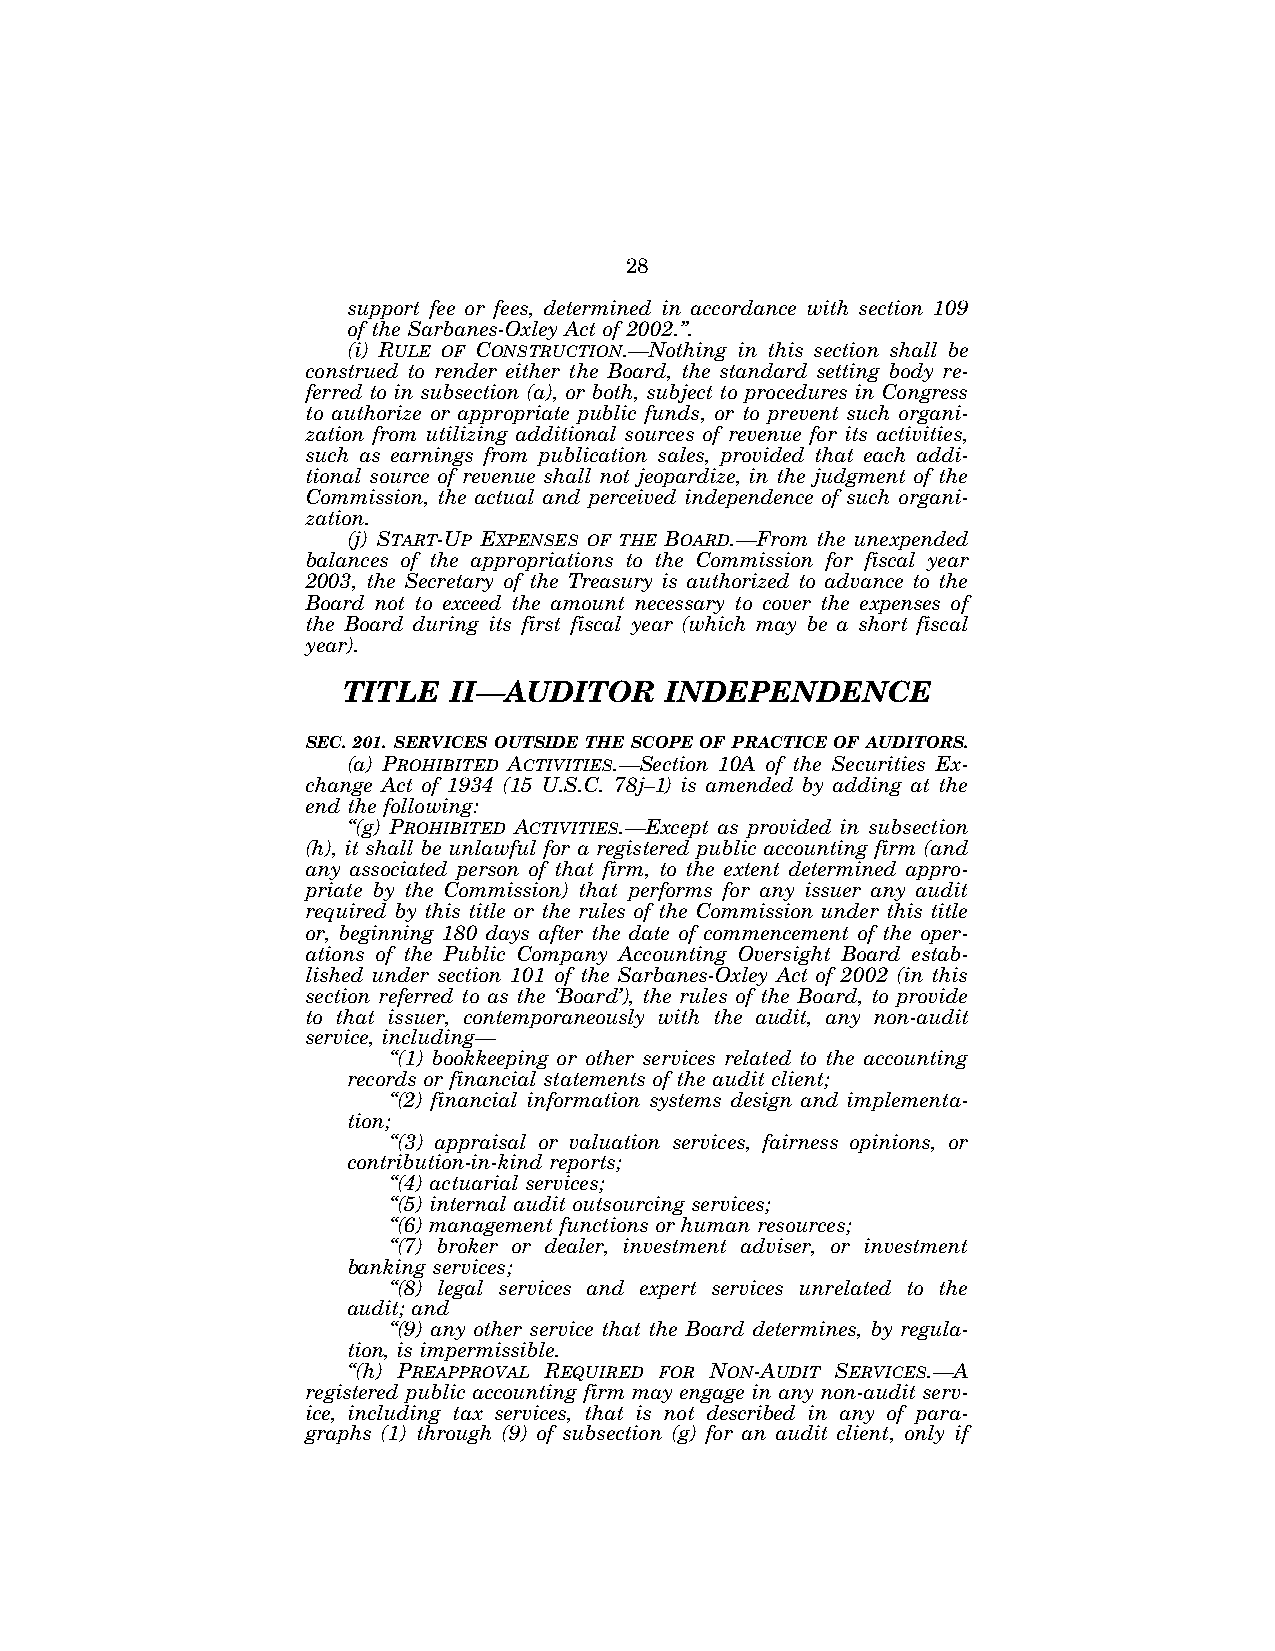
28
 support fee or fees, determined in accordance with section 109
 of the Sarbanes-Oxley Act of 2002.’’.
 (i) RULE OF CONSTRUCTION.—Nothing in this section shall be
 construed to render either the Board, the standard setting body re-
 ferred to in subsection (a), or both, subject to procedures in Congress
 to authorize or appropriate public funds, or to prevent such organi-
 zation from utilizing additional sources of revenue for its activities,
 such as earnings from publication sales, provided that each addi-
 tional source of revenue shall not jeopardize, in the judgment of the
 Commission, the actual and perceived independence of such organi-
 zation.
 (j) START-UP EXPENSES OF THE BOARD.—From the unexpended
 balances of the appropriations to the Commission for fiscal year
 2003, the Secretary of the Treasury is authorized to advance to the
 Board not to exceed the amount necessary to cover the expenses of
 the Board during its first fiscal year (which may be a short fiscal
 year).
 TITLE  II—AUDITOR    INDEPENDENCE
 SEC. 201. SERVICES OUTSIDE THE SCOPE OF PRACTICE OF AUDITORS.
 (a) PROHIBITED ACTIVITIES.—Section 10A of the Securities Ex-
 change Act of 1934 (15 U.S.C. 78j–1) is amended by adding at the
 end the following:
 ‘‘(g) PROHIBITED ACTIVITIES.—Except as provided in subsection
 (h), it shall be unlawful for a registered public accounting firm (and
 any associated person of that firm, to the extent determined appro-
 priate by the Commission) that performs for any issuer any audit
 required by this title or the rules of the Commission under this title
 or, beginning 180 days after the date of commencement of the oper-
 ations of the Public Company Accounting Oversight Board estab-
 lished under section 101 of the Sarbanes-Oxley Act of 2002 (in this
 section referred to as the ‘Board’), the rules of the Board, to provide
 to that issuer, contemporaneously with the audit, any non-audit
 service, including—
 ‘‘(1) bookkeeping or other services related to the accounting
 records or financial statements of the audit client;
 ‘‘(2) financial information systems design and implementa-
 tion;
 ‘‘(3) appraisal or valuation services, fairness opinions, or
 contribution-in-kind reports;
 ‘‘(4) actuarial services;
 ‘‘(5) internal audit outsourcing services;
 ‘‘(6) management functions or human resources;
 ‘‘(7) broker or dealer, investment adviser, or investment
 banking services;
 ‘‘(8) legal services and expert services unrelated to the
 audit; and
 ‘‘(9) any other service that the Board determines, by regula-
 tion, is impermissible.
 ‘‘(h) PREAPPROVAL REQUIRED FOR NON-AUDIT SERVICES.—A
 registered public accounting firm may engage in any non-audit serv-
 ice, including tax services, that is not described in any of para-
 graphs (1) through (9) of subsection (g) for an audit client, only if
 VerDate Jul 19 2002 16:35 Jul 25, 2002 Jkt 080361 PO 00000 Frm 00028 Fmt 6659 Sfmt 6603 E:\HR\OC\HR610.XXX pfrm15 PsN: HR610